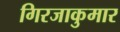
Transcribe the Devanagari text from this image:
गिरजाकुमार